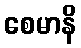
စေမာနိ